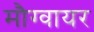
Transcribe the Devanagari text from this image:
मौग्वायर